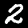
Digit: 2